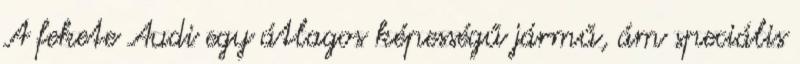
A fekete Audi egy átlagos képességű jármű, ám speciális